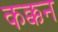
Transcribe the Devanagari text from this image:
कक्कन